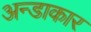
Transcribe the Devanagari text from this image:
अन्डाकार